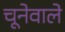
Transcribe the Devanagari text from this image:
चूनेवाले